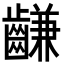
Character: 𪙊